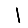
Digit: 1